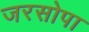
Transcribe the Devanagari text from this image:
जरसोपा